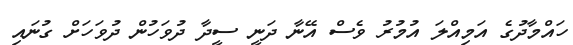
ހައްމާދުގެ އަމިއްލަ އުމުރު ވެސް އޭނާ ދަނީ ސީދާ ދުވަހުން ދުވަހަށް ގުނައި